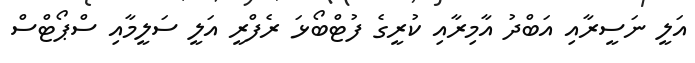
އަލީ ނަސީރާއި އަބްދު އާމިރާއި ކުރީގެ ފުޓްބޯޅަ ރެފްރީ އަލީ ސަލީމާއި ސްޕޯޓްސް